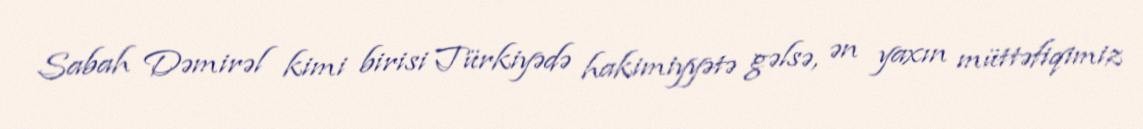
Sabah Dəmirəl kimi birisi Türkiyədə hakimiyyətə gəlsə, ən yaxın müttəfiqimiz